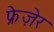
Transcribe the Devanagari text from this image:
फ्रेज़ेर